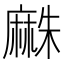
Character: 𪎡